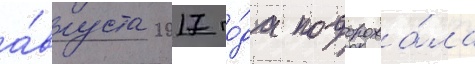
а́вгуста 2017 го́да подорожа́ла